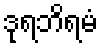
ဒုရဘိရမံ